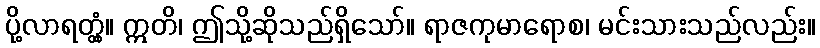
ပို့လာရတ္တံ့။ ဣတိ၊ ဤသို့ဆိုသည်ရှိသော်။ ရာဇကုမာရောစ၊ မင်းသားသည်လည်း။